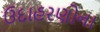
ઉદાહરણોના